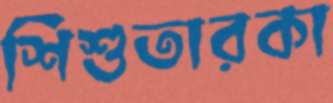
শিশুতারকা